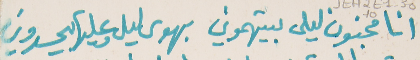
انا مجنون ليلى بيتهموني   بهوى ليلى وعليها بيحسدوني